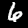
Label: 6